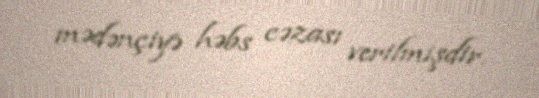
mədənçiyə həbs cəzası verilmişdir.